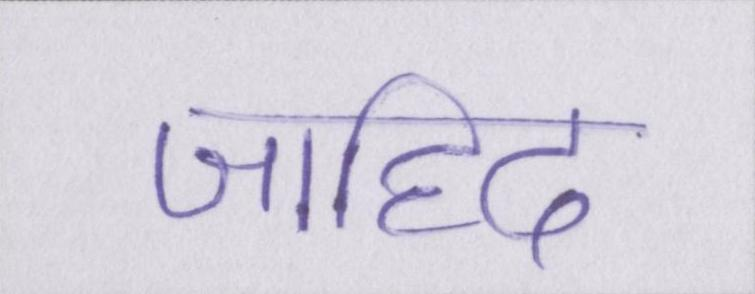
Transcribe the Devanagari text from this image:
जाहिद